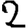
Digit: 2